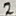
Text: 2